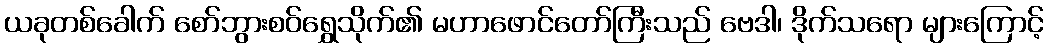
ယခုတစ်ခေါက် စော်ဘွားစဝ်ရွှေသိုက်၏ မဟာဖောင်တော်ကြီးသည် ဗေဒါ၊ ဒိုက်သရော များကြောင့်